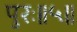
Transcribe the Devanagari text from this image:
पुरः॥५॥